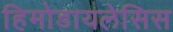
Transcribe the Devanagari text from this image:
हिमोडायलेसिस